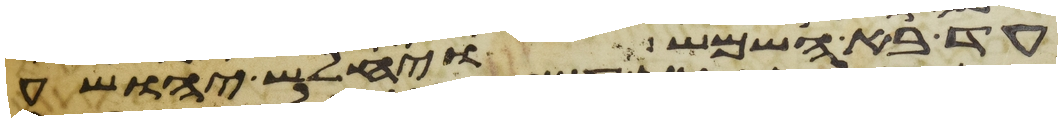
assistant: עד בא השמש ויחלש יהושע